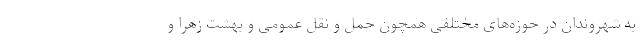
به شهروندان در حوزه‌های مختلفی همچون حمل و نقل عمومی و بهشت زهرا و